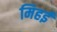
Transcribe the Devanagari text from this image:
मिहई